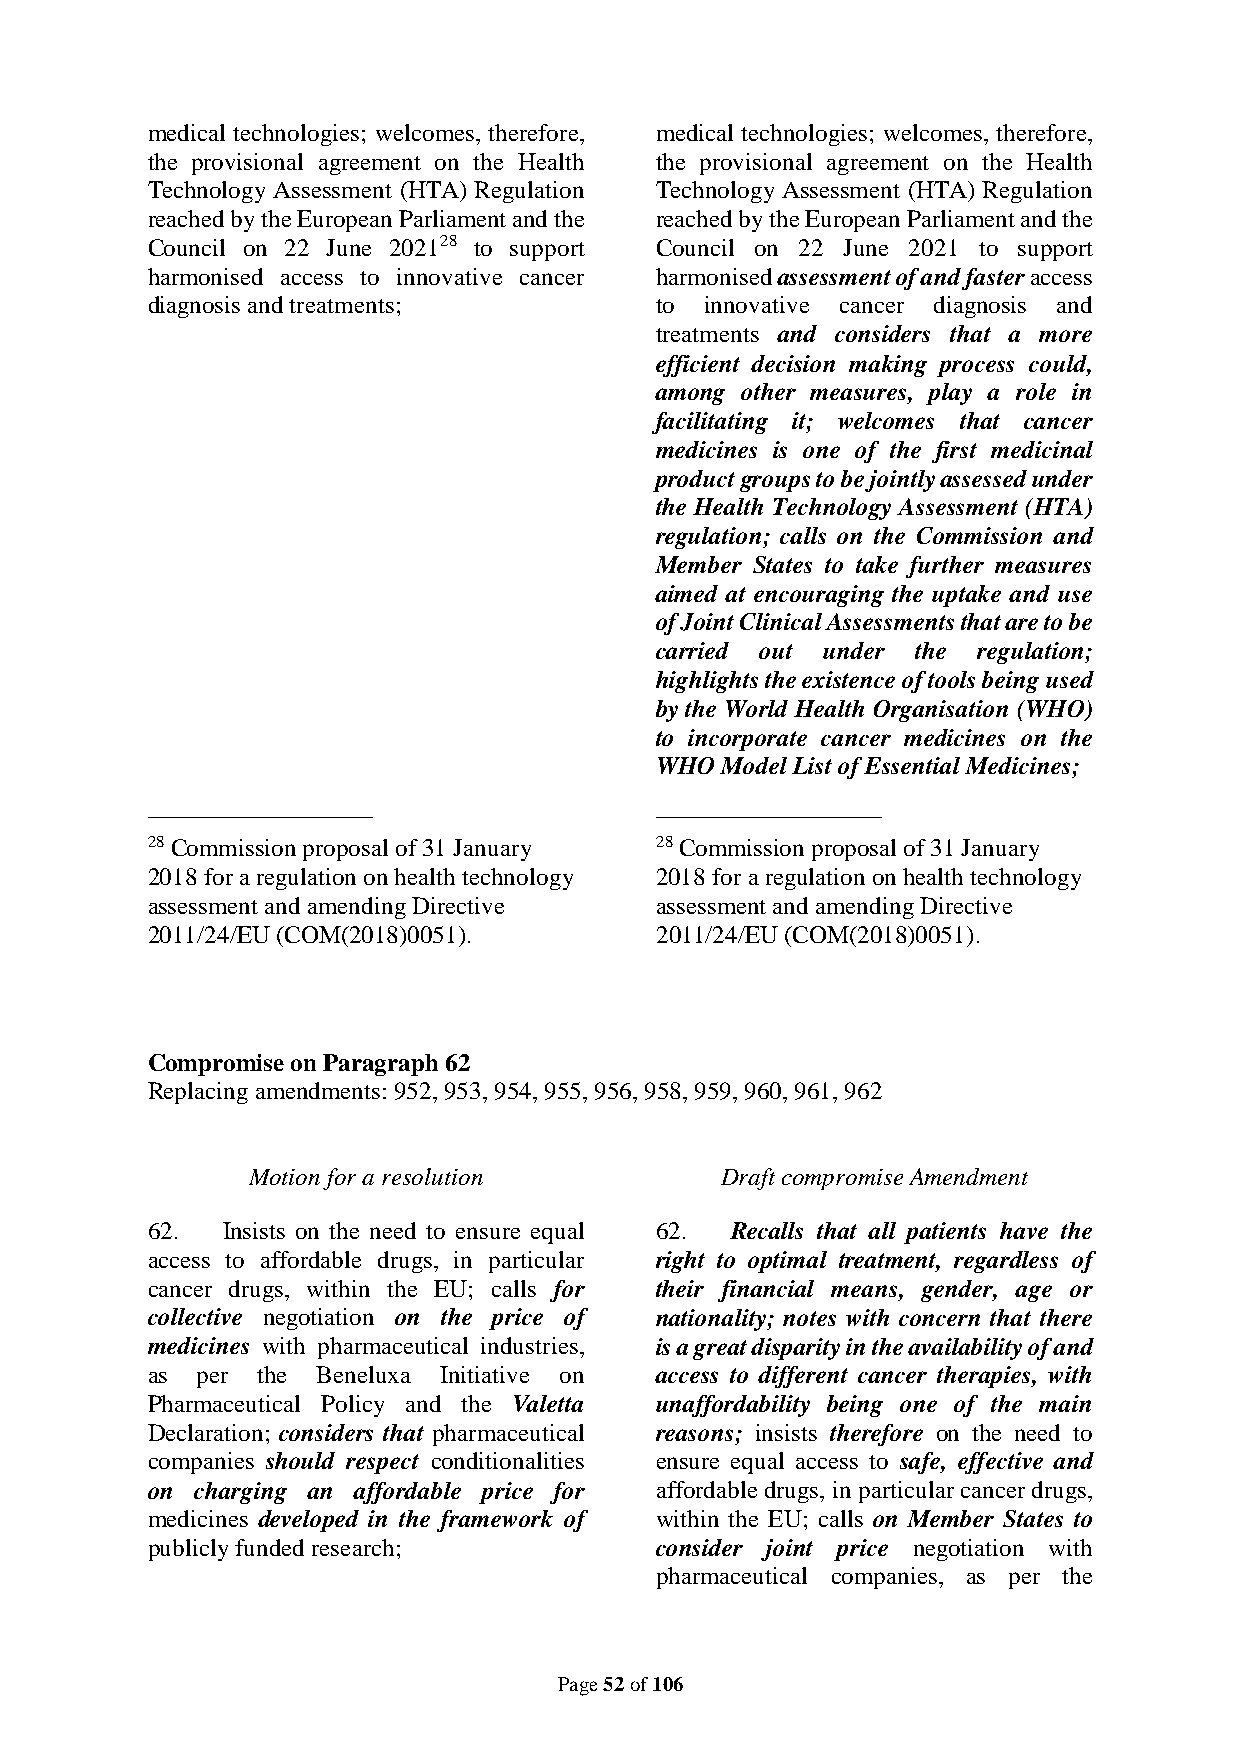
medical technologies; welcomes, therefore, medical technologies; welcomes, therefore,
 the provisional agreement on the Health the provisional agreement on the Health
 Technology Assessment (HTA) Regulation Technology Assessment (HTA) Regulation
 reached by the European Parliament and the reached by the European Parliament and the
 Council on 22 June 202128 to support Council on 22 June 2021 to support
 harmonised access to innovative cancer harmonised assessment of and faster access
 diagnosis and treatments;        to  innovative cancer diagnosis and
 treatments and considers that a more
 efficient decision making process could,
 among other measures, play a role in
 facilitating it; welcomes that cancer
 medicines is one of the first medicinal
 product groups to be jointly assessed under
 the Health Technology Assessment (HTA)
 regulation; calls on the Commission and
 Member States to take further measures
 aimed at encouraging the uptake and use
 of Joint Clinical Assessments that are to be
 carried out under the regulation;
 highlights the existence of tools being used
 by the World Health Organisation (WHO)
 to incorporate cancer medicines on the
 WHO  Model List of Essential Medicines;
 __________________               __________________
 28 Commission proposal of 31 January 28 Commission proposal of 31 January
 2018 for a regulation on health technology 2018 for a regulation on health technology
 assessment and amending Directive assessment and amending Directive
 2011/24/EU (COM(2018)0051).      2011/24/EU (COM(2018)0051).
 Compromise on Paragraph 62
 Replacing amendments: 952, 953, 954, 955, 956, 958, 959, 960, 961, 962
 Motion for a resolution         Draft compromise Amendment
 62.  Insists on the need to ensure equal 62. Recalls that all patients have the
 access to affordable drugs, in particular right to optimal treatment, regardless of
 cancer drugs, within the EU; calls for their financial means, gender, age or
 collective negotiation on the price of nationality; notes with concern that there
 medicines with pharmaceutical industries, is a great disparity in the availability of and
 as per the Beneluxa Initiative on access to different cancer therapies, with
 Pharmaceutical Policy and the Valetta unaffordability being one of the main
 Declaration; considers that pharmaceutical reasons; insists therefore on the need to
 companies should respect conditionalities ensure equal access to safe, effective and
 on charging an affordable price for affordable drugs, in particular cancer drugs,
 medicines developed in the framework of within the EU; calls on Member States to
 publicly funded research;        consider joint price negotiation with
 pharmaceutical companies, as per the
 Page 52 of 106